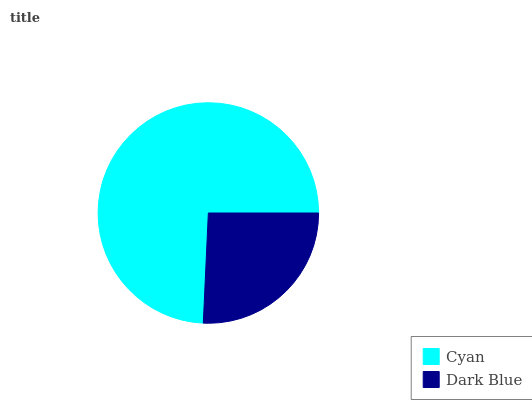
| Cyan | Dark Blue |
 | --- | --- |
 | 74.2% | 25.8% |